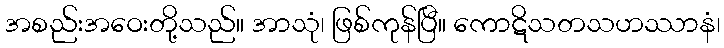
အစည်းအဝေးတို့သည်။ အာသုံ၊ ဖြစ်ကုန်ပြီ။ ကောဋိသတသဟဿာနံ၊